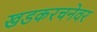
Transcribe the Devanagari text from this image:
खडकरचनेवर